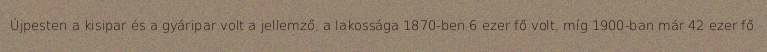
Újpesten a kisipar és a gyáripar volt a jellemző, a lakossága 1870-ben 6 ezer fő volt, míg 1900-ban már 42 ezer fő.